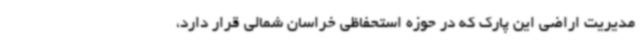
مدیریت اراضی این پارک که در حوزه استحفاظی خراسان شمالی قرار دارد،